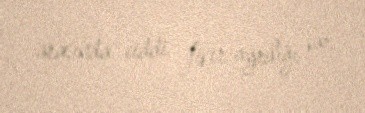
arasında ciddi fikir ayrılığı var.